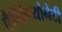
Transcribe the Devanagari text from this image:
पैपिलियोनेटी